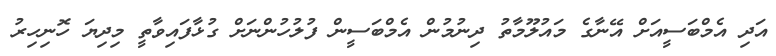
އަދި އެމްބަސީއަށް އޭނާގެ މައުލޫމާތު ދިނުމުން އެމްބަސީން ފުލުހުންނަށް ގުޅާފައިވާތީ މިދިޔަ ހޮނިހިރު